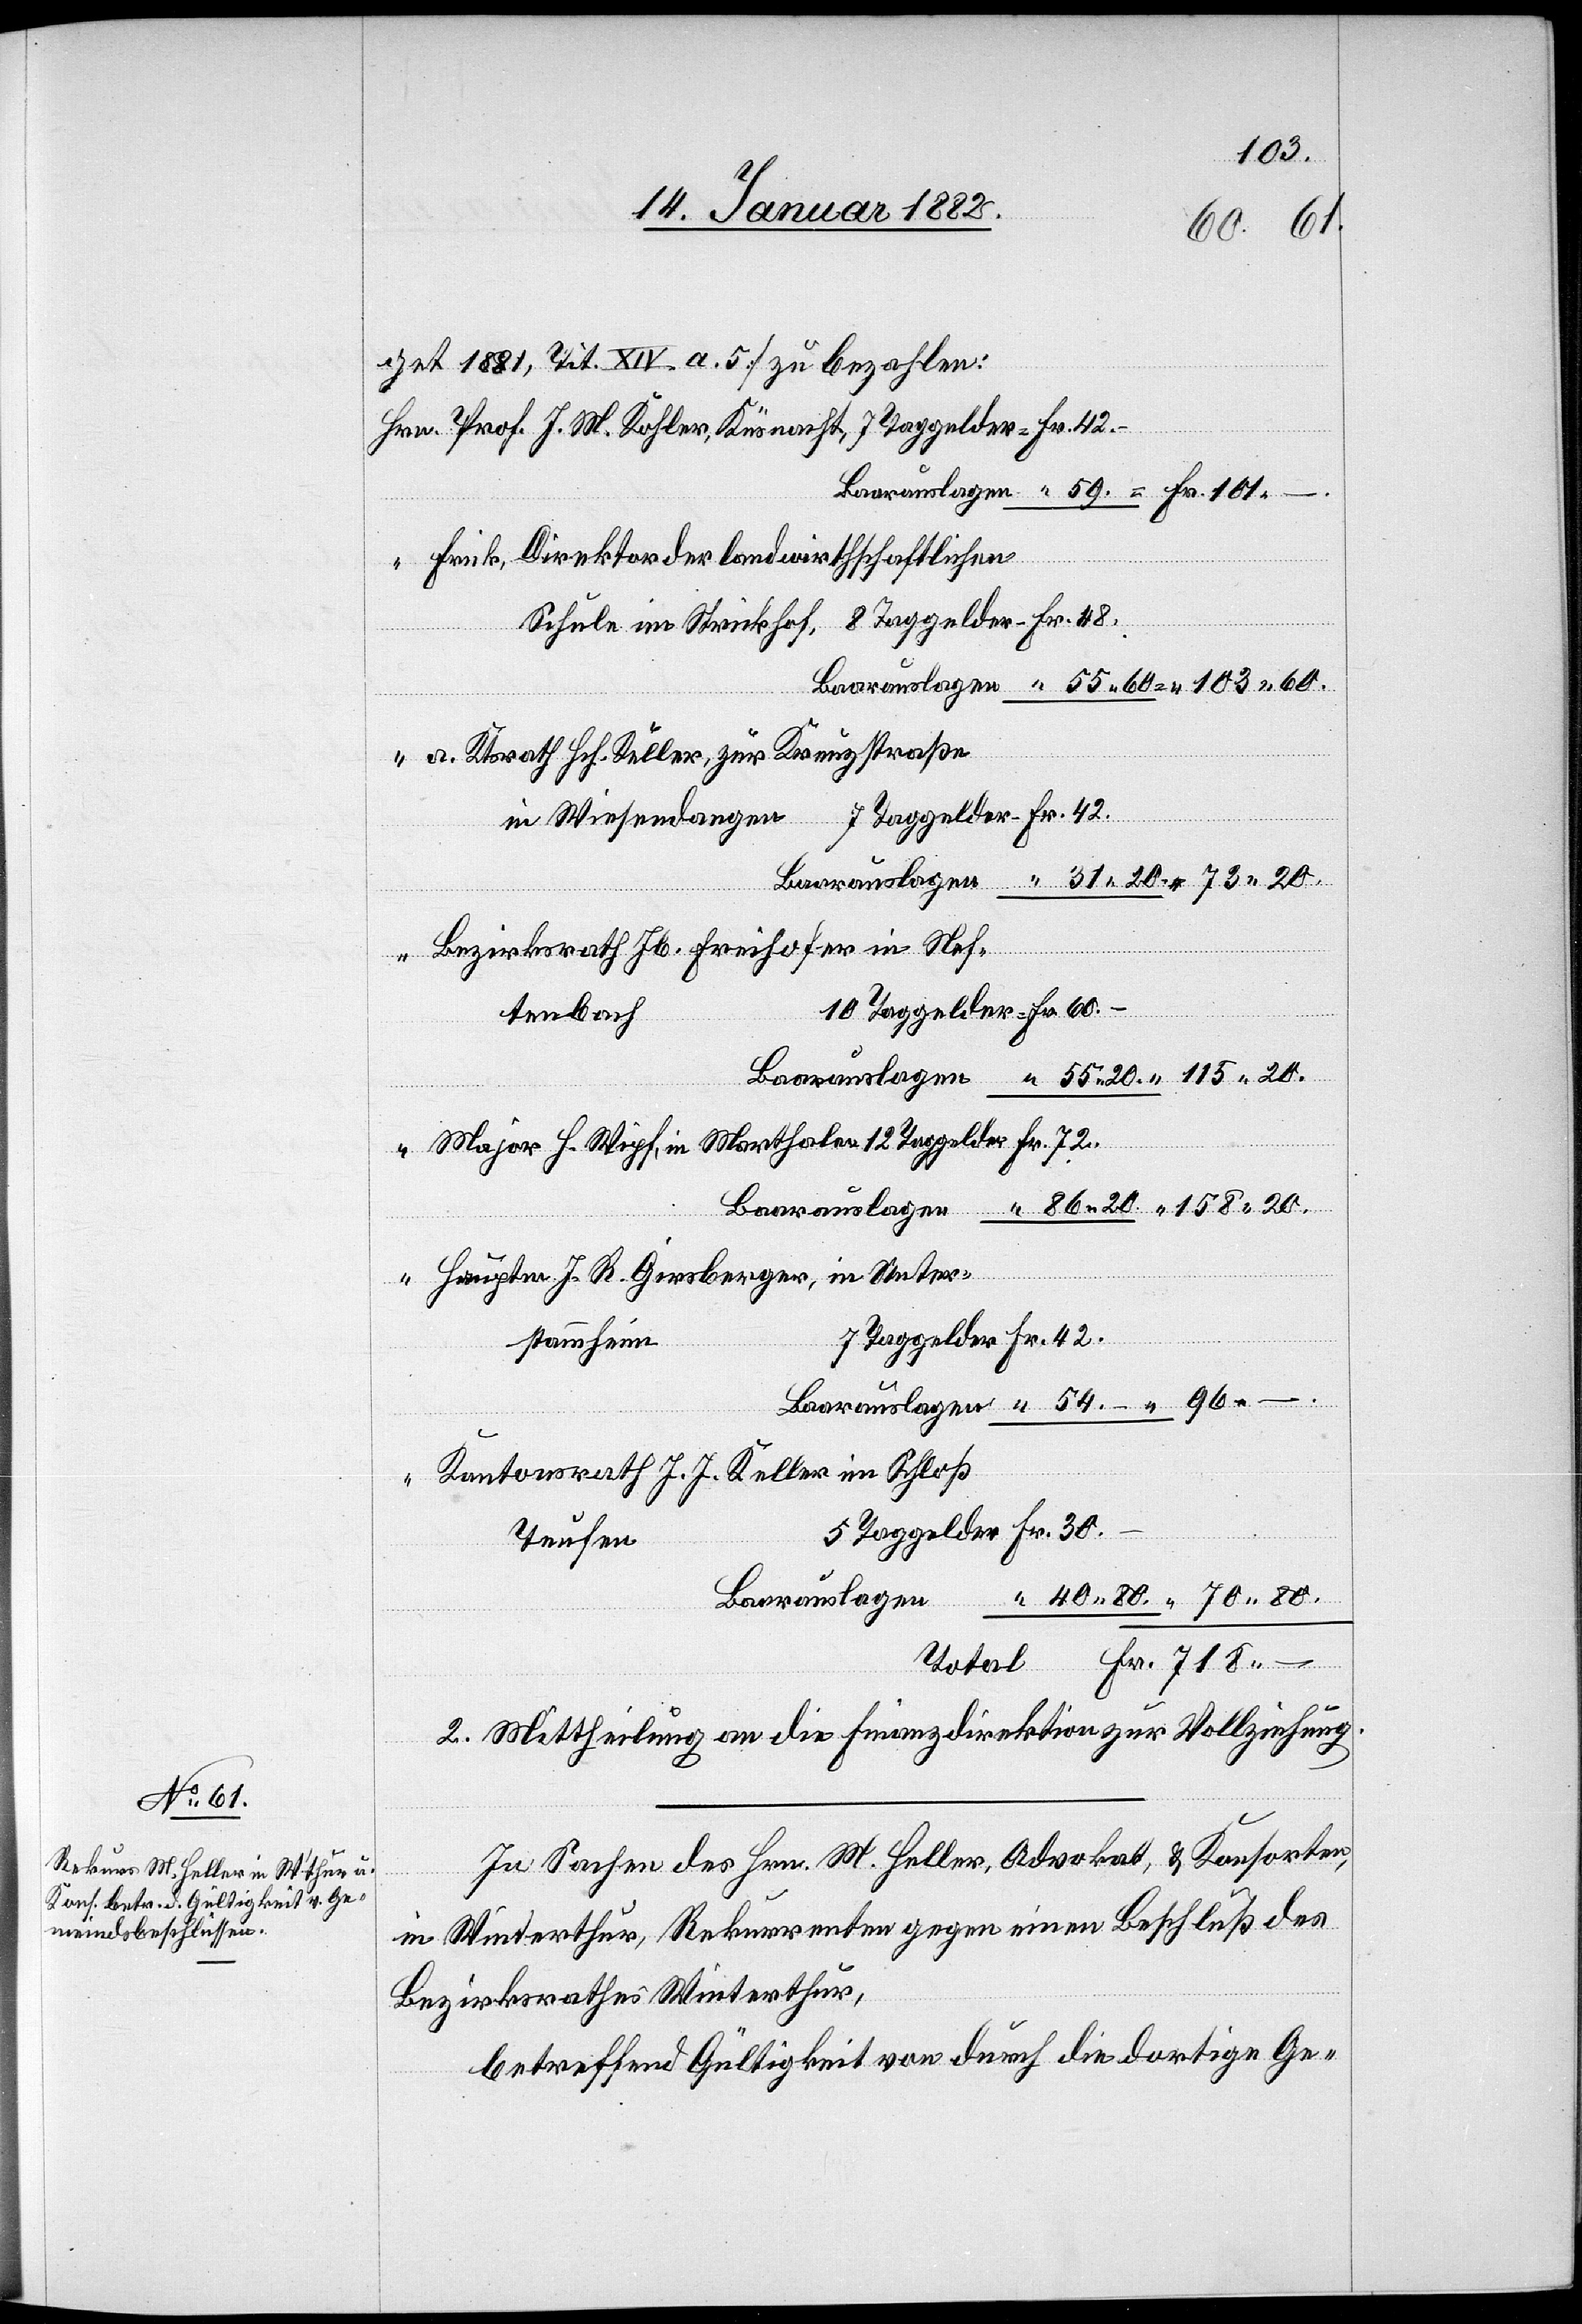
103.
Fr. 70.
get 1881, Tit. XIV. a. 5] zu bezahlen:
“ Frick, Direktor der landwirtschaftlichen
“ a. Ktorath. Hch. Duller, zur Kreuzstraße
Unter¬
“ Bezirksrath Jb. Freihofer in
12 Taggelder –
tenbach
7 Taggelder –
stammheim
Kantonsrath J. J. Keller im
im
Teufen
2. Mittheilung an die Finanzdirektion zur Vollziehung.
In Sachen des Hrn. M. Heller, Advokat, & Konsorten,
in Winterthur, Rekurrenten gegen einen Beschluß des
Bezirksrathes Winterthur,
betreffend Gültigkeit von durch die dortigen Ge-